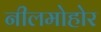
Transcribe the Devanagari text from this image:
नीलमोहोर